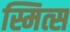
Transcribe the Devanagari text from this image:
स्मित्स